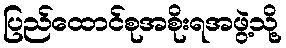
ပြည်ထောင်စုအစိုးရအဖွဲ့သို့